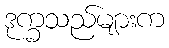
ဒုက္ခသည်များက